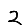
Digit: 2